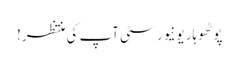
پوٹھوہار یونیورسٹی آپ کی منتظر!